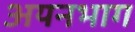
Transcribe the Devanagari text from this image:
अयनभाग